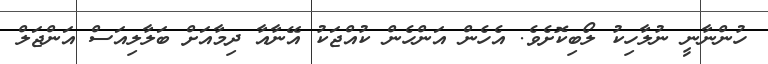
ހުންނާނީ ނުލާހިކު ލޯބިކޮށެވެ. އެހެން އަންހެން ކުއްޖަކު އޭނާއާ ދިމާއަށް ބަލާލިއަސް އަންޖަލް